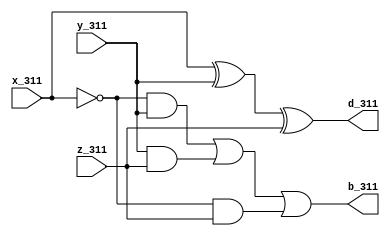
`timescale 1ns / 1ps
//////////////////////////////////////////////////////////////////////////////////
// Company: 
// Engineer: 
// 
// Design Name: 
// Module Name:    fs_311 
// Project Name: 
// Target Devices: 
// Tool versions: 
// Description: 
//
// Dependencies: 
//
// Revision: 
// Revision 0.01 - File Created
// Additional Comments: 
//
//////////////////////////////////////////////////////////////////////////////////
module fs_311(input x_311, input y_311,input z_311,output d_311,output b_311  );
assign d_311= x_311^y_311^z_311;
assign b_311=  ((~x_311)&y_311) | (y_311&z_311) | ((~x_311)&z_311);

endmodule